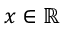
x \in \mathbb { R }